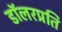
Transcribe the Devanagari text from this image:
डॉलरप्रति